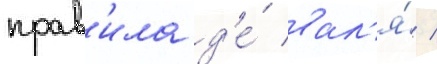
прав'ила д'е́ вал'я́ /